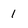
Character: 1